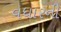
વધારની